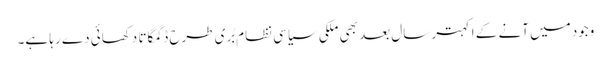
وجود میں آنے کے اکہتر سال بعد بھی ملکی سیاسی نظام بُری طرح ڈگمگاتا دکھائی دے رہا ہے۔